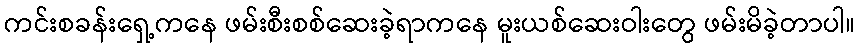
ကင်းစခန်းရှေ့ကနေ ဖမ်းစီးစစ်ဆေးခဲ့ရာကနေ မူးယစ်ဆေးဝါးတွေ ဖမ်းမိခဲ့တာပါ။